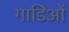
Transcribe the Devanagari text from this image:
गाडिओं